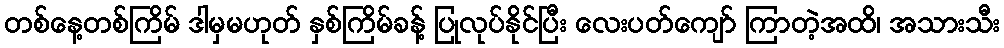
တစ်နေ့တစ်ကြိမ် ဒါမှမဟုတ် နှစ်ကြိမ်ခန့် ပြုလုပ်နိုင်ပြီး လေးပတ်ကျော် ကြာတဲ့အထိ၊ အသားသီး